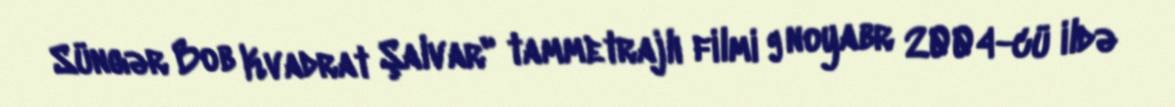
Süngər Bob Kvadrat Şalvar" tammetrajlı filmi 9 noyabr 2004-cü ildə